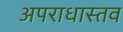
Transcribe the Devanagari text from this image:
अपराधास्तव